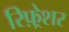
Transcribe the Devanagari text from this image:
रिफ़्रेशर